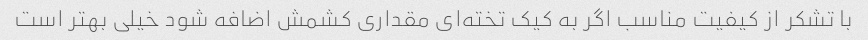
با تشکر از کیفیت مناسب اگر به کیک تخته‌ای مقداری کشمش اضافه شود خیلی بهتر است